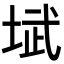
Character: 𪣥